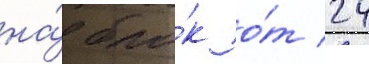
на́ бло́к о́т 24